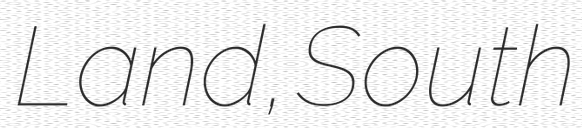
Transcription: Land, South